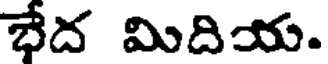
భేద మిదియ.